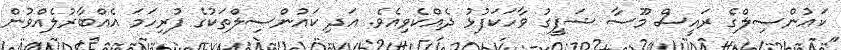
ކައުންސިލްގެ ރައީސް މޫސާ ޝަފީގު ވާހަކަފުޅު ދެއްކެވިއެވެ. އަދި ކައުންސިލްތަކުގެ ފުރިހަމަ އެއްބާރުލެއްވުން